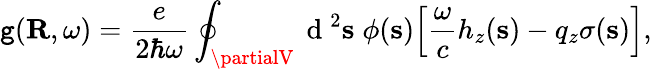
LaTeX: \mathtt{g}(\mathbf{{R}},\omega)=\frac{{e}}{{2\hbar\omega}}\oint_{\partialV}\mathrm{{~d~}}^{2}\mathbf{{s}}\; \phi(\mathbf{{s}})\Big[\frac{{\omega}}{{c}}h_{z}(\mathbf{{s}})-q_{z}\sigma(\mathbf{{s}})\Big],